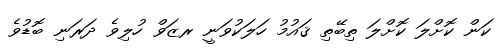
ކަން ކޮށްލަ ކޮށްލަ ތިބޭތި ޤައުމު ހަލަކުވަނީ ރޒަވް ހުލިވެ ދަރަނި ބޮޑުވެ